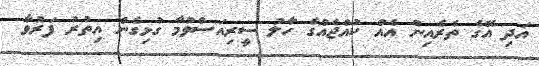
އަދި އޭގެ ތެރެއިން އެއް ކުއްޖެއްގެ ހާލު ސީރިއަސްވުމާ ގުޅިގެން އިތުރު ފަރުވާ